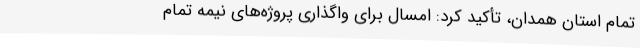
تمام استان همدان، تأکید کرد: امسال برای واگذاری پروژه‌های نیمه تمام